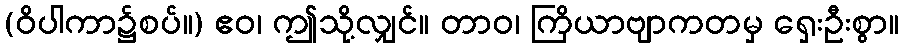
(ဝိပါကာ၌စပ်။) ဧဝ၊ ဤသို့လျှင်။ တာဝ၊ ကြိယာဗျာကတမှ ရှေးဦးစွာ။